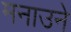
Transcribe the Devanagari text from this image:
मनाउने